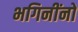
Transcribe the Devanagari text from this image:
भगिनींनो